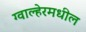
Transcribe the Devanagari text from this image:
ग्वाल्हेरमधील